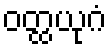
ဝတ္ထယုဂံ